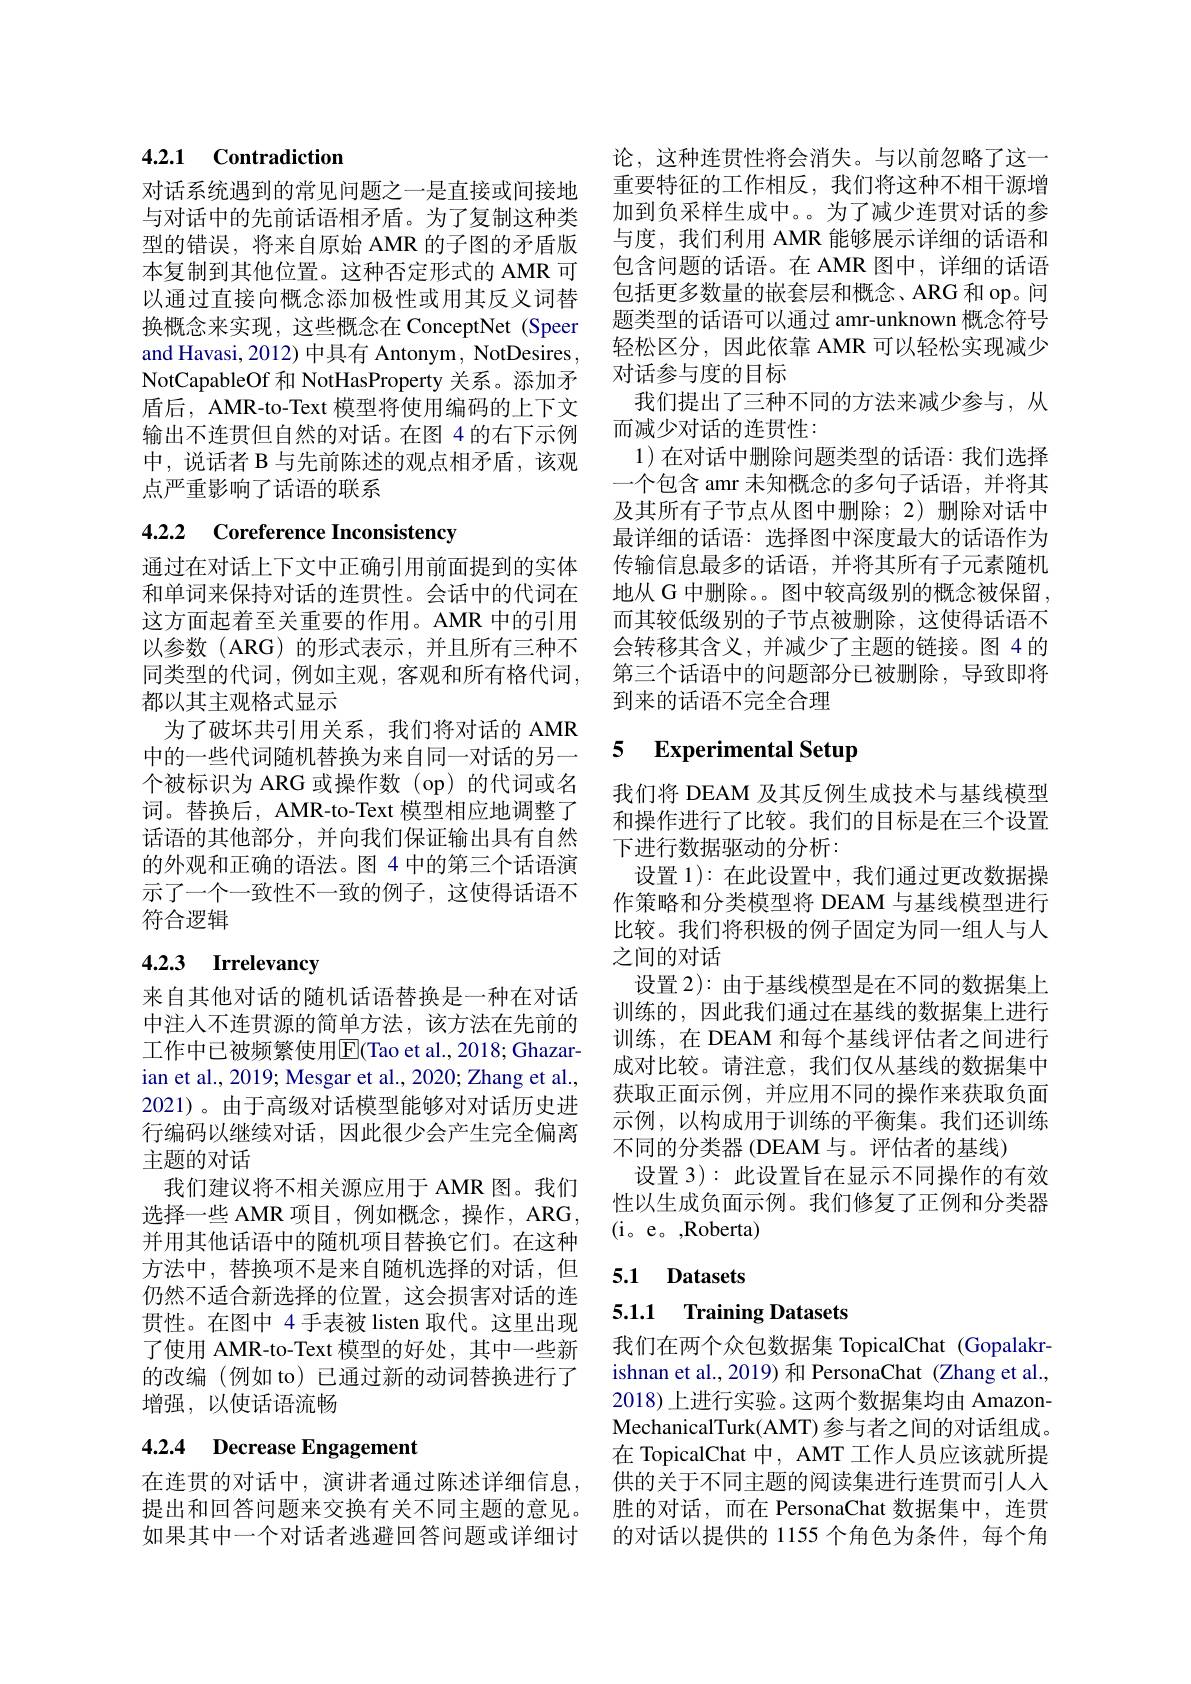
## 4.2.1 Contradiction

对话系统遇到的常见问题之一是直接或间接地与对话中的先前话语相矛盾。为了复制这种类型的错误，将来自原始 AMR 的子图的矛盾版本复制到其他位置。这种否定形式的 AMR 可以通过直接向概念添加极性或用其反义词替换概念来实现，这些概念在 ConceptNet (Speer and Havasi, 2012) 中具有 Antonym, NotDesires, NotCapableOf 和 NotHasProperty 关系。添加矛盾后，AMR-to-Text 模型将使用编码的上下文输出不连贯但自然的对话。在图 4 的右下示例中，说话者 B 与先前陈述的观点相矛盾，该观点严重影响了话语的联系

# 4.2.2 Coreference Inconsistency

通过在对话上下文中正确引用前面提到的实体和单词来保持对话的连贯性。会话中的代词在这方面起着至关重要的作用。AMR 中的引用以参数(ARG)的形式表示，并且所有三种不同类型的代词，例如主观，客观和所有格代词， 都以其主观格式显示
为了破坏共引用关系，我们将对话的 AMR 中的一些代词随机替换为来自同一对话的另一个被标识为 ARG 或操作数 (op)的代词或名词。替换后，AMR-to-Text 模型相应地调整了话语的其他部分，并向我们保证输出具有自然的外观和正确的语法。图 4 中的第三个话语演示了一个一致性不一致的例子，这使得话语不符合逻辑

# 4.2.3 Irrelevancy

来自其他对话的随机话语替换是一种在对话中注人不连贯源的简单方法，该方法在先前的工作中已被频繁使用|E(Tao et al., 2018; Ghazarian et al., 2019; Mesgar et al., 2020; Zhang et al., 2021)。由于高级对话模型能够对对话历史进行编码以继续对话，因此很少会产生完全偏离主题的对话
我们建议将不相关源应用于 AMR 图。我们选择一些 AMR 项目，例如概念，操作，ARG, 并用其他话语中的随机项目替换它们。在这种方法中，替换项不是来自随机选择的对话，但仍然不适合新选择的位置，这会损害对话的连贯性。在图中 4手表被 listen 取代。这里出现了使用 AMR-to-Text 模型的好处，其中一些新的改编(例如 to)已通过新的动词替换进行了增强，以使话语流畅

# 4.2.4 Decrease Engagement

在连贯的对话中，演讲者通过陈述详细信息， 提出和回答问题来交换有关不同主题的意见。如果其中一个对话者逃避回答问题或详细讨

论，这种连贯性将会消失。与以前忽略了这一重要特征的工作相反，我们将这种不相干源增加到负采样生成中。。为了减少连贯对话的参与度，我们利用 AMR 能够展示详细的话语和包含问题的话语。在 AMR 图中，详细的话语包括更多数量的嵌套层和概念、ARG 和 op。问题类型的话语可以通过 amr-unknown 概念符号轻松区分，因此依靠 AMR 可以轻松实现减少对话参与度的目标
我们提出了三种不同的方法来减少参与，从
而减少对话的连贯性：
1)在对话中删除问题类型的话语：我们选择一个包含 amr 未知概念的多句子话语，并将其及其所有子节点从图中删除；2)删除对话中最详细的话语：选择图中深度最大的话语作为传输信息最多的话语，并将其所有子元素随机地从 G 中删除。。图中较高级别的概念被保留， 而其较低级别的子节点被删除，这使得话语不会转移其含义，并减少了主题的链接。图 4 的第三个话语中的问题部分已被删除，导致即将到来的话语不完全合理

# 5 Experimental Setup

我们将 DEAM 及其反例生成技术与基线模型和操作进行了比较。我们的目标是在三个设置下进行数据驱动的分析：
设置 1):在此设置中，我们通过更改数据操作策略和分类模型将 DEAM 与基线模型进行比较。我们将积极的例子固定为同一组人与人之间的对话
设置 2): 由于基线模型是在不同的数据集上训练的，因此我们通过在基线的数据集上进行训练，在 DEAM 和每个基线评估者之间进行成对比较。请注意，我们仅从基线的数据集中获取正面示例，并应用不同的操作来获取负面示例，以构成用于训练的平衡集。我们还训练不同的分类器 (DEAM 与。评估者的基线)
设置 3): 此设置旨在显示不同操作的有效性以生成负面示例。我们修复了正例和分类器(i。e。, Roberta)

5.1 Datasets

### 5.1.1 Training Datasets

我们在两个众包数据集 TopicalChat (Gopalakrishnan et al., 2019) 和 PersonaChat (Zhang et al., 2018) 上进行实验。这两个数据集均由 AmazonMechanicalTurk(AMT) 参与者之间的对话组成。在 TopicalChat 中，AMT 工作人员应该就所提供的关于不同主题的阅读集进行连贯而引人人胜的对话，而在 PersonaChat 数据集中，连贯的对话以提供的 1155 个角色为条件，每个角